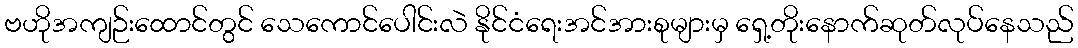
ဗဟိုအကျဉ်းထောင်တွင် သေကောင်ပေါင်းလဲ နိုင်ငံရေးအင်အားစုများမှ ရှေ့တိုးနောက်ဆုတ်လုပ်နေသည်